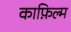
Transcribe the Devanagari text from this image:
काफ़िल्म